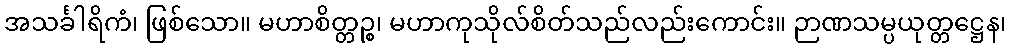
အသင်္ခါရိကံ၊ ဖြစ်သော။ မဟာစိတ္တဉ္စ၊ မဟာကုသိုလ်စိတ်သည်လည်းကောင်း။ ဉာဏသမ္ပယုတ္တဋ္ဌေန၊